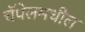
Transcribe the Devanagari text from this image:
चॅपेलमधील